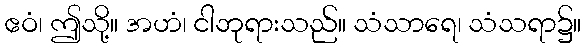
ဧဝံ၊ ဤသို့။ အဟံ၊ ငါဘုရားသည်။ သံသာရေ၊ သံသရာ၌။